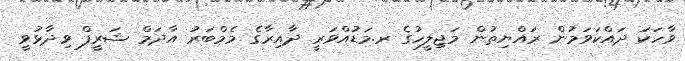
ވާހަކަ ދައްކަވަމުން ރައްޔިތުން މަޖިލީހުގެ ރ.މަޑުއްވަރީ ދާއިރާގެ މެމްބަރު އާދަމް ޝަރީފް ވިދާޅުވީ